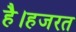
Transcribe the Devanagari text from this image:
है।हजरत